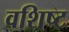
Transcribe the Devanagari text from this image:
वशिष्ट